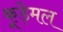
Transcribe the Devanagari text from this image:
कूड़ेमल